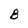
Character: B